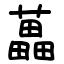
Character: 藟